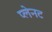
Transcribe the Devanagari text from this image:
प्लेनट